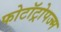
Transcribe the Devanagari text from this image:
फोटॉट्रोपज्म